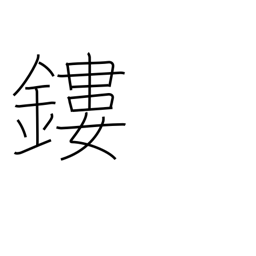
Meaning: mount